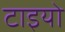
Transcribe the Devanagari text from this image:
टाइयो